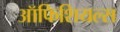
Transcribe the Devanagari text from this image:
ऑफिशियल्स